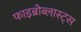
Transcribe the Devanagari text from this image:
फाइब्रोब्लास्ट्स